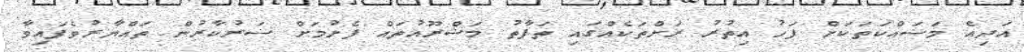
އަދިއެ މަސައްކަތަކަށް ފަހު އިތުރު ރަށްތަކެއްގައި ތަފާތު މަޝްރޫއުތައް ފެށުމަށް ސަރުކާރުން ތައްޔާރުވެފައިވާ